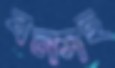
বনসহ